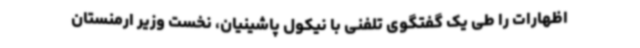
اظهارات را طی یک گفتگوی تلفنی با نیکول پاشینیان، نخست وزیر ارمنستان